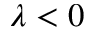
\lambda < 0